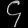
Digit: ၄